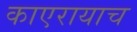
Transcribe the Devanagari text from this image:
काएरायाच